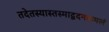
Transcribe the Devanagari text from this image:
तदेतस्यास्तस्माद्वदनकमलं